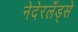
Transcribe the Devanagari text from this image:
नेदेरलँड्से